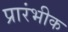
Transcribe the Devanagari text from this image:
प्रारंभीक